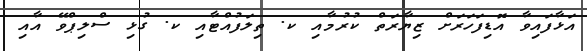
އަޅާފައިވާ އޮޑިފަހަރަށް ޒިޔާރަތް ކުރުމާއި ކ. ތިލަފުއްޓާއި ކ. ގުޅި ސްލިޕްވޭ އާއި